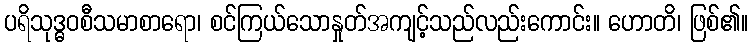
ပရိသုဒ္ဓဝစီသမာစာရော၊ စင်ကြယ်သောနှုတ်အကျင့်သည်လည်းကောင်း။ ဟောတိ၊ ဖြစ်၏။